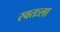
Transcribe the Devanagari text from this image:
स्‍वतःला